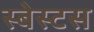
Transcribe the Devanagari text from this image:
स्बेस्टस